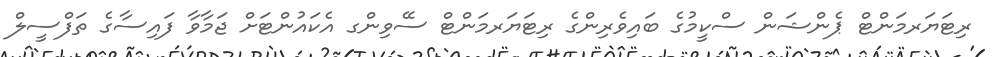
ރިޓަޔަރމަންޓް ޕެންޝަން ސްކީމުގެ ބައިވެރިންގެ ރިޓަޔަރމަންޓް ސޭވިންގ އެކައުންޓަށް ޖަމާވާ ފައިސާގެ ތަފްސީލް